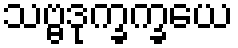
သဗ္ဗဒုက္ခက္ခယေ